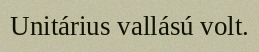
Unitárius vallású volt.